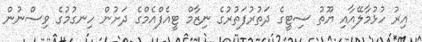
އިރު ހުޅުމާލޭއާއި ޔޫތު ސިޓީގެ ދަތުރުފަތުރުގެ ނިޒާމް ޓީއެފްއެމްގެ ދަށުން ހިނގުމުގެ ވިސްނުން